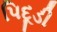
પિદૂડી